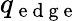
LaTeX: q_{\mathrm{~e~d~g~e~}}